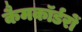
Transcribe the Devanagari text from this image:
कैमकॉर्डरों